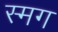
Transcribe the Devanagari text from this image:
स्मग